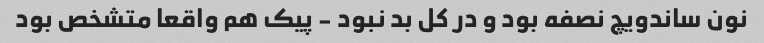
نون ساندویچ نصفه بود و در کل بد نبود - پیک هم واقعا متشخص بود